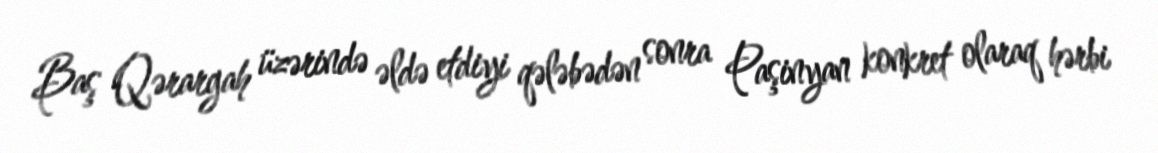
Baş Qərargah üzərində əldə etdiyi qələbədən sonra Paşinyan konkret olaraq hərbi